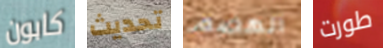
كابون تحديث الهضم طورت